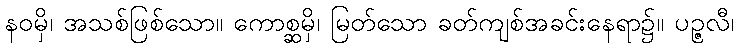
နဝမှိ၊ အသစ်ဖြစ်သော။ ကောစ္ဆမှိ၊ မြတ်သော ခတ်ကျစ်အခင်းနေရာ၌။ ပဉ္ဇလီ၊